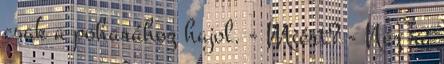
csak a poharához hajol. - Miért? - Néz rá